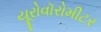
યૂરોવૉરોમીટર